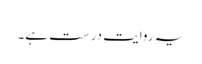
یہ روایت درست ہے۔